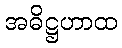
အဓိဋ္ဌဟာထ